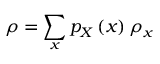
\rho = \sum _ { x } p _ { X } \left( x \right) \rho _ { x }